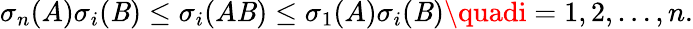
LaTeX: \sigma_{n}(A)\sigma_{i}(\mathit{B})\leq\sigma_{i}(A\mathit{B})\leq\sigma_{1}(A)\sigma_{i}(\mathit{B})\quadi=1,2,\ldots,n.